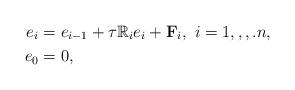
LaTeX: \begin{align*}e_i&=e_{i-1}+\tau \mathbb{R}_i e_i+ \mathbf{F}_i, \ i=1,,,.n, \\e_0&=0,\end{align*}